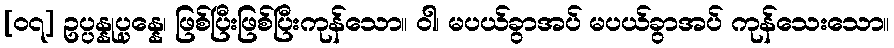
[၀၇] ဥပ္ပန္နုပ္ပန္နေ၊ ဖြစ်ပြီးဖြစ်ပြီးကုန်သော။ ဝါ၊ မပယ်ခွာအပ် မပယ်ခွာအပ် ကုန်သေးသော။